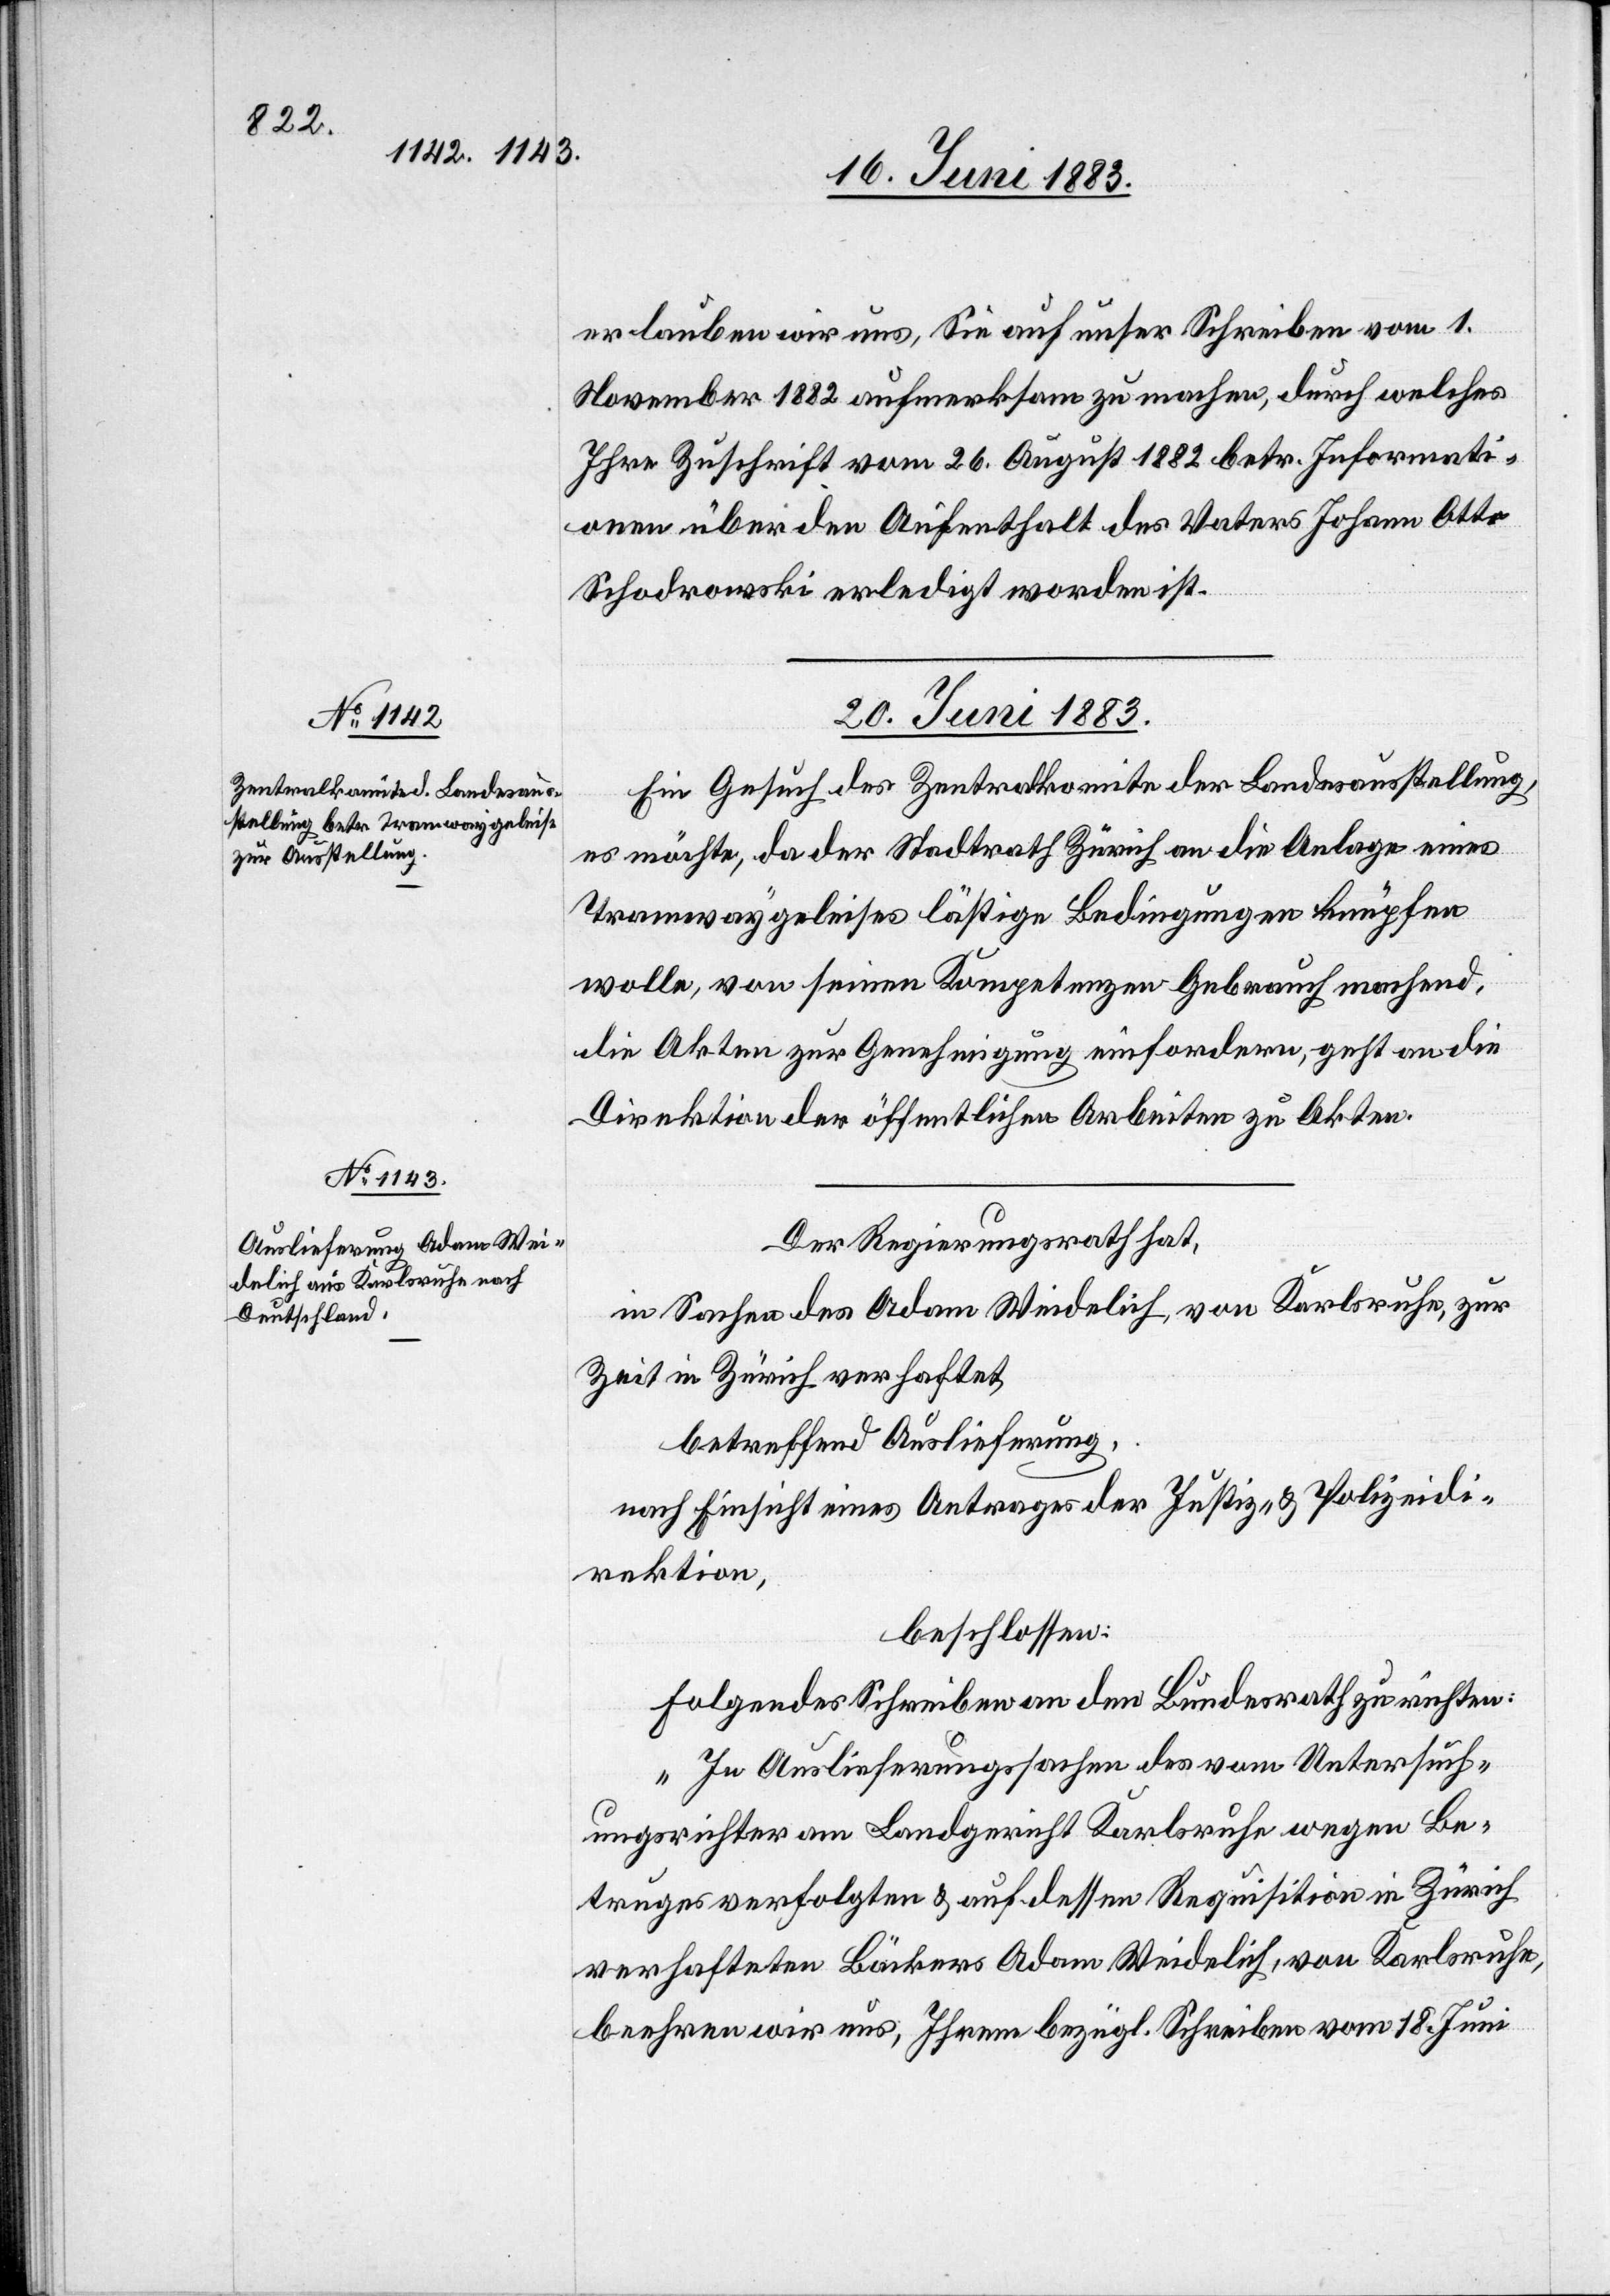
erlauben wir uns, Sie auf unser Schreiben vom 1.
November 1882 aufmerksam zu machen, durch welches
Ihre Zuschrift vom 26. August 1882 betr. Informati¬
onen über den Aufenthalt des Vaters Johann Otto
Schodrowski erledigt worden ist.
20. Juni 1883.]
Ein Gesuch des Zentralkomite der Bundesausstellung,
es möchte, da der Stadtrath Zürich an die Anlage eines
Tramwaygeleises lästige Bedingungen knüpfen
wolle, von seinen Kompetenzen Gebrauch machend,
die Akten zur Genehmigung einfordern, geht an die
Direktion der öffentlichen Arbeiten zu Akten.
Der Regierungsrath hat,
in Sachen des Adam Weidelich, von Karlsruhe, zur
Zeit in Zürich verhaftet,
betreffend Auslieferung,
nach Einsicht eines Antrages der Justiz- & Polizeidi¬
rektion,
beschlossen:
Folgendes Schreiben an den Bundesrath zu richten:
„In Auslieferungssachen des vom Untersuch¬
ungsrichter am Landgericht Karlsruhe wegen Be¬
trugs verfolgten & auf dessen Requisition in Zürich
verhafteten Bäckers Adam Weidelich, von Karlsruhe,
beehren wir uns, Ihnen bezügl. Schreiben vom 18. Juni